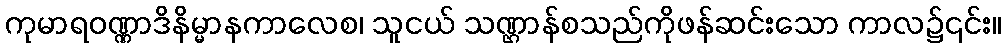
ကုမာရဝဏ္ဏာဒိနိမ္မာနကာလေစ၊ သူငယ် သဏ္ဌာန်စသည်ကိုဖန်ဆင်းသော ကာလ၌၎င်း။